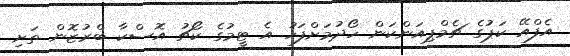
އެފްއޭ ކަޕުގެ ޗެމްޕިއަންކަން ހޯދުމަށްފަހު އެ ޓީމުގެ ކޯޗު އޮސްކާ ބްރުޒޮން ތަށި